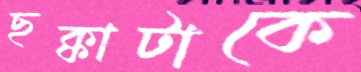
ছক্কাটাকে